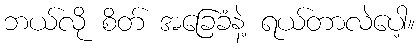
ဘယ်လို စိတ် အခြေခံနဲ့ ရယ်တာလဲပေါ့။